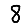
Digit: 8